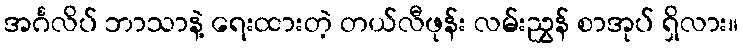
အင်္ဂလိပ် ဘာသာနဲ့ ရေးထားတဲ့ တယ်လီဖုန်း လမ်းညွှန် စာအုပ် ရှိလား။